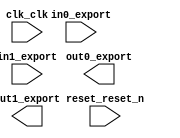

module jtag_io (
	reset_reset_n,
	clk_clk,
	out0_export,
	out1_export,
	in0_export,
	in1_export);	

	input		reset_reset_n;
	input		clk_clk;
	output	[31:0]	out0_export;
	output	[31:0]	out1_export;
	input	[31:0]	in0_export;
	input	[31:0]	in1_export;
endmodule